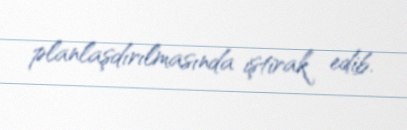
planlaşdırılmasında iştirak edib.